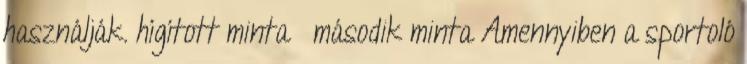
használják. hígított minta második minta Amennyiben a sportoló